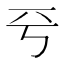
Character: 𠀒